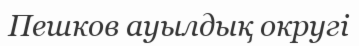
Пешков ауылдық округі